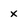
Character: x